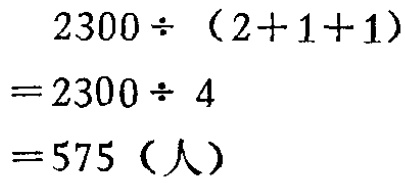
\[
\begin{align*}
&2300\div(2 + 1 + 1)\\
=&2300\div4\\
=&575 \text{（人）}
\end{align*}
\]